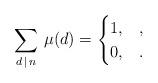
LaTeX: \begin{align*}\sum_{d\, \mid\, n} \, \mu (d)&= \begin{cases} 1, & ,\\ 0, & . \end{cases}\end{align*}